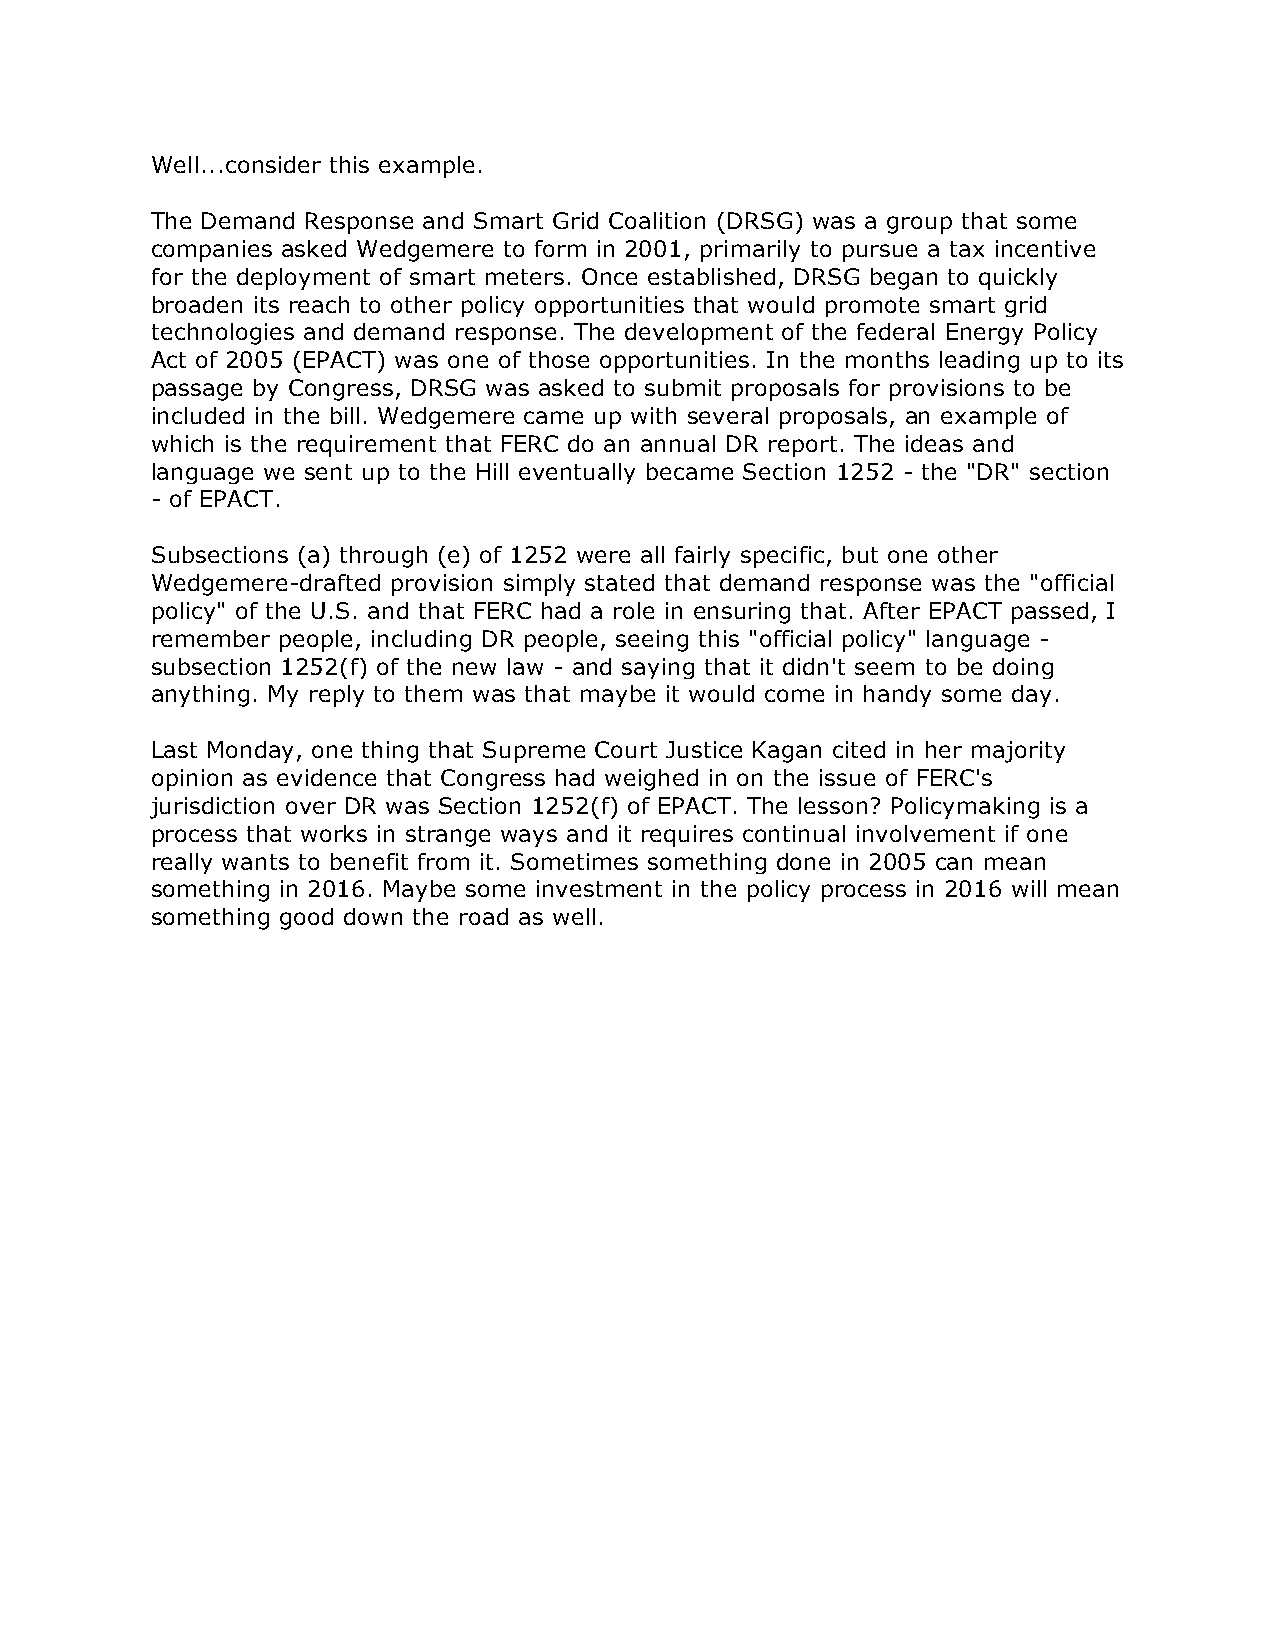
Well...consider this example.
 The Demand Response and Smart Grid Coalition (DRSG) was a group that some
 companies asked Wedgemere to form in 2001, primarily to pursue a tax incentive
 for the deployment of smart meters. Once established, DRSG began to quickly
 broaden its reach to other policy opportunities that would promote smart grid
 technologies and demand response. The development of the federal Energy Policy
 Act of 2005 (EPACT) was one of those opportunities. In the months leading up to its
 passage by Congress, DRSG was asked to submit proposals for provisions to be
 included in the bill. Wedgemere came up with several proposals, an example of
 which is the requirement that FERC do an annual DR report. The ideas and
 language we sent up to the Hill eventually became Section 1252 - the "DR" section
 - of EPACT.
 Subsections (a) through (e) of 1252 were all fairly specific, but one other
 Wedgemere-drafted provision simply stated that demand response was the "official
 policy" of the U.S. and that FERC had a role in ensuring that. After EPACT passed, I
 remember people, including DR people, seeing this "official policy" language -
 subsection 1252(f) of the new law - and saying that it didn't seem to be doing
 anything. My reply to them was that maybe it would come in handy some day.
 Last Monday, one thing that Supreme Court Justice Kagan cited in her majority
 opinion as evidence that Congress had weighed in on the issue of FERC's
 jurisdiction over DR was Section 1252(f) of EPACT. The lesson? Policymaking is a
 process that works in strange ways and it requires continual involvement if one
 really wants to benefit from it. Sometimes something done in 2005 can mean
 something in 2016. Maybe some investment in the policy process in 2016 will mean
 something good down the road as well.